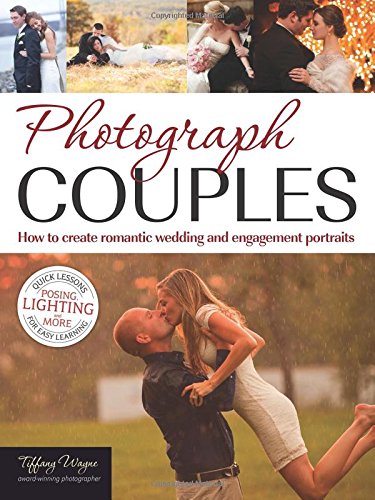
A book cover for Photograph Couples: How to Create Romantic Wedding and Engagement Portraits; Tiffany Wayne; Crafts, Hobbies & Home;